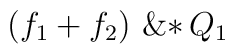
\left( \! \,{{f}_{1}} + {{f}_{2}}\, \!  \right) \,{\rm \&*}\,{{Q}_{1}}